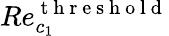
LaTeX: Re_{c_{1}}^{\mathrm{~t~h~r~e~s~h~o~l~d~}}